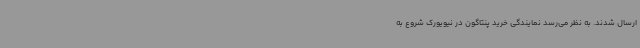
ارسال شدند. به نظر می‌رسد نمایندگی خرید پنتاگون در نیویورک شروع به